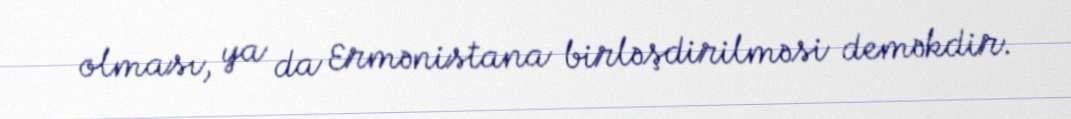
olması, ya da Ermənistana birləşdirilməsi deməkdir.